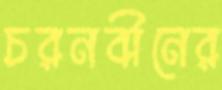
চরনবীনের